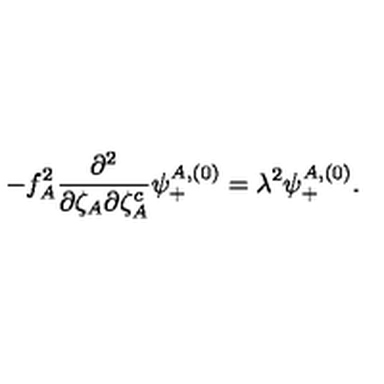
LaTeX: - f _ { A } ^ { 2 } { \frac { \partial ^ { 2 } } { \partial \zeta _ { A } \partial \zeta _ { A } ^ { c } } } \psi _ { + } ^ { A , ( 0 ) } = \lambda ^ { 2 } \psi _ { + } ^ { A , ( 0 ) } .